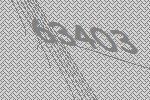
63403